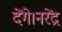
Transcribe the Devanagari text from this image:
देंगे।नरेंद्र